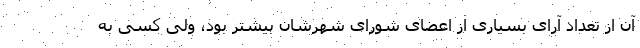
آن از تعداد آرای بسیاری از اعضای شورای شهرشان بیشتر بود، ولی کسی به